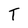
Character: T